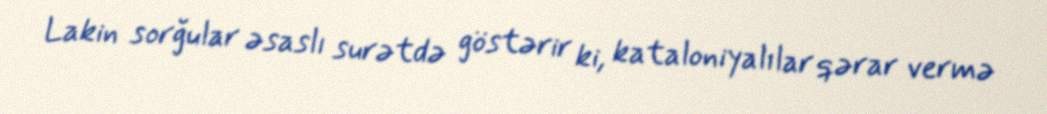
Lakin sorğular əsaslı surətdə göstərir ki, kataloniyalılar qərar vermə